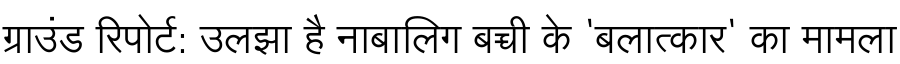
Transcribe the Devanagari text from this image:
ग्राउंड रिपोर्ट: उलझा है नाबालिग बच्ची के 'बलात्कार' का मामला